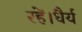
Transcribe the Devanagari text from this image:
रहें।धैर्य